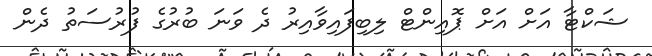
ޝަކްޓާ އަށް އަށް ޕޮއިންޓް ލިބިފައިވާއިރު ދެ ވަނަ ބުރުގެ ފުރުސަތު ދެން